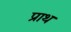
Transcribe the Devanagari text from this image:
प्राथ